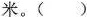
米。()